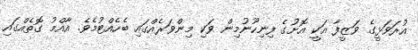
އުރަވަޅީގެ ވަޒީފާ އަކީ އޮށުގެ ފިނިހޫނުމިން ވަކި މިންވަރެއްގައި ބެހެއްޓުމެވެ. އާއްމު ގޮތެއްގައި